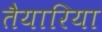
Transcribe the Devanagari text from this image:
तैयारिया